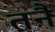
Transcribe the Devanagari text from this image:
तनै